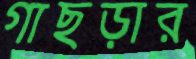
গাছড়ার